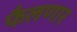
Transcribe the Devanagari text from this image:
फैलणार